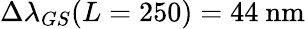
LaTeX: \Delta\lambda_{GS}(L=250)=44~\mathrm{nm}